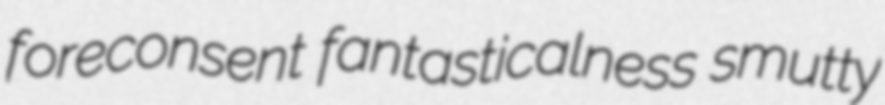
foreconsent fantasticalness smutty